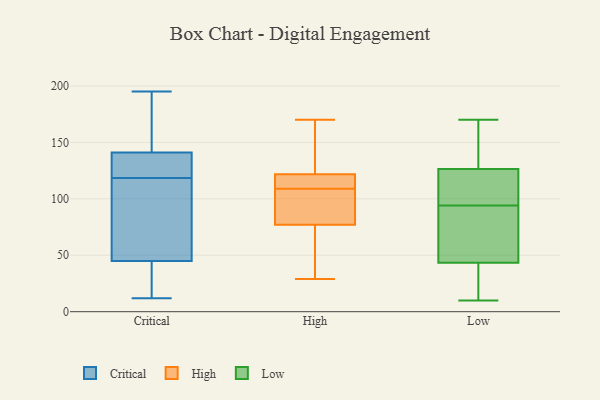
{"axis": {"x": "Satisfaction Score", "y": "Value"}, "legend": ["Critical", "High", "Low"], "data": [{"x": "", "y": 24, "type": "Critical"}, {"x": "", "y": 48, "type": "Critical"}, {"x": "", "y": 12, "type": "Critical"}, {"x": "", "y": 140, "type": "Critical"}, {"x": "", "y": 96, "type": "Critical"}, {"x": "", "y": 195, "type": "Critical"}, {"x": "", "y": 40, "type": "Critical"}, {"x": "", "y": 167, "type": "Critical"}, {"x": "", "y": 142, "type": "Critical"}, {"x": "", "y": 29, "type": "Critical"}, {"x": "", "y": 189, "type": "Critical"}, {"x": "", "y": 169, "type": "Critical"}, {"x": "", "y": 69, "type": "Critical"}, {"x": "", "y": 123, "type": "Critical"}, {"x": "", "y": 118, "type": "Critical"}, {"x": "", "y": 42, "type": "Critical"}, {"x": "", "y": 138, "type": "Critical"}, {"x": "", "y": 131, "type": "Critical"}, {"x": "", "y": 119, "type": "Critical"}, {"x": "", "y": 103, "type": "Critical"}, {"x": "", "y": 170, "type": "High"}, {"x": "", "y": 29, "type": "High"}, {"x": "", "y": 94, "type": "High"}, {"x": "", "y": 112, "type": "High"}, {"x": "", "y": 80, "type": "High"}, {"x": "", "y": 167, "type": "High"}, {"x": "", "y": 76, "type": "High"}, {"x": "", "y": 109, "type": "High"}, {"x": "", "y": 87, "type": "High"}, {"x": "", "y": 110, "type": "High"}, {"x": "", "y": 39, "type": "High"}, {"x": "", "y": 169, "type": "High"}, {"x": "", "y": 125, "type": "High"}, {"x": "", "y": 52, "type": "High"}, {"x": "", "y": 112, "type": "High"}, {"x": "", "y": 43, "type": "Low"}, {"x": "", "y": 10, "type": "Low"}, {"x": "", "y": 128, "type": "Low"}, {"x": "", "y": 167, "type": "Low"}, {"x": "", "y": 106, "type": "Low"}, {"x": "", "y": 37, "type": "Low"}, {"x": "", "y": 170, "type": "Low"}, {"x": "", "y": 71, "type": "Low"}, {"x": "", "y": 122, "type": "Low"}, {"x": "", "y": 87, "type": "Low"}, {"x": "", "y": 94, "type": "Low"}, {"x": "", "y": 13, "type": "Low"}, {"x": "", "y": 149, "type": "Low"}, {"x": "", "y": 103, "type": "Low"}, {"x": "", "y": 44, "type": "Low"}]}